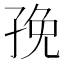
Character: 㝃